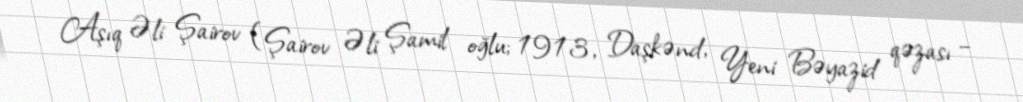
Aşıq Əli Şairov (Şairov Əli Şamil oğlu; 1913, Daşkənd, Yeni Bəyazid qəzası –